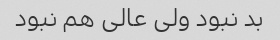
بد نبود ولی عالی هم نبود